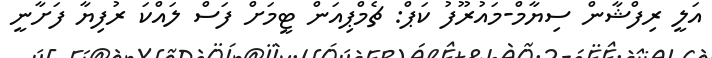
އަލީ ރިފްޝާން ސިޔާމް-މައުރޫފު ކަޕް: ޗެމްޕިއަން ޓީމަށް ފަސް ލައްކަ ރުފިޔާ ފަށާނީ